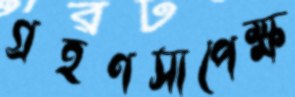
গ্রহণসাপেক্ষ